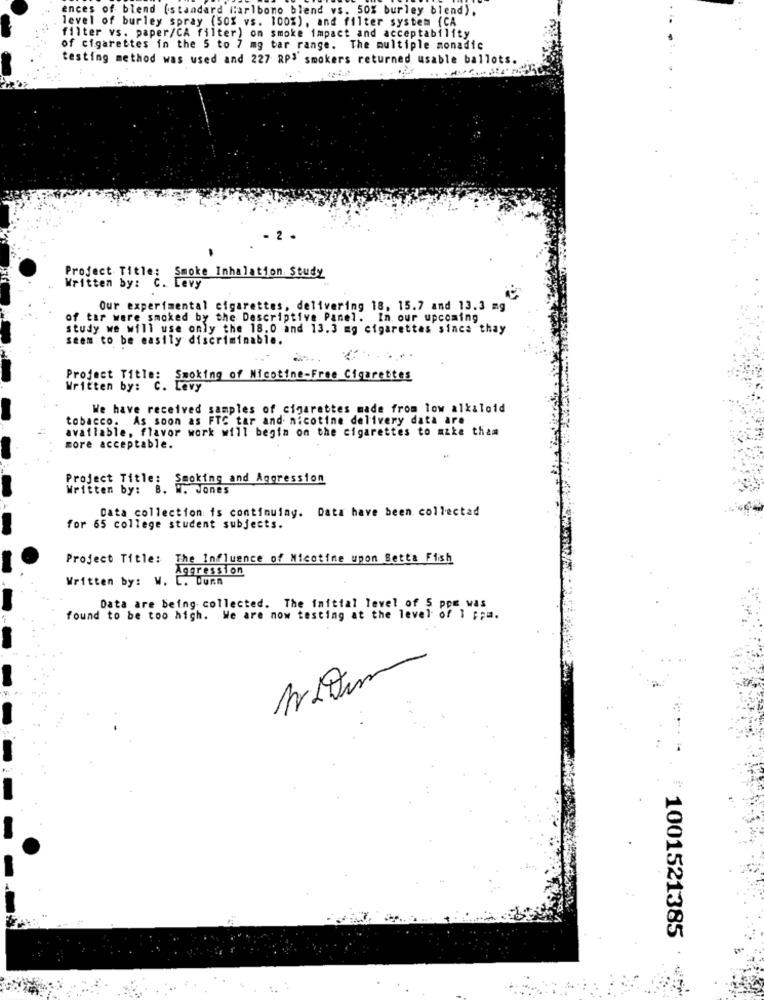
ences of biend (standard Carlbono blend vs. 50% burley blend).
level of burley spray (50% vs. 100%), and filter system (CA
filter vs. paper/CA filter) on smoke impact and acceptability
of cigarettes in the 5 to 7 mg tar range. The multiple monadic
testing method was used and 227 RP' smokers returned usable ballots.
....
- 2 .
Written by: C. Levy
Project Title: Smoke Inhalation Study
Our experimental cigarettes, delivering 18, 15.7 and 13.3 mg
of tar were smoked by the Descriptive Panel. In our upcoming
study we will use only the 18.0 and 13.3 mg cigarettes sinca thay
seem to be easily discriminable.
Project Title: Smoking of Nicotine-Free Cigarettes
Written by: C. Levy
We have received samples of cigarettes made from low alkaloid
tobacco. As soon as FTC tar and nicotine delivery data are
available, flavor work will begin on the cigarettes to make them
more acceptable.
Project Title: Smoking and Aggression
Written by:
Data collection is continuing. Data have been collectad
for 65 college student subjects.
Project Title: The Influence of Nicotine upon Setta Fish
Aggression
Written by: W. L. Dunn
Data are being collected. The initial level of 5 ppm was
found to be too high. We are now testing at the level of 1 ;; a.
3
1001521385